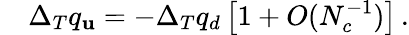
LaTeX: \quad\Delta_{T}q_{\mathbf{u}}=-\Delta_{T}q_{d}\left[1+O(N_{c}^{-1})\right]\, .